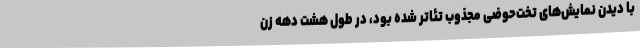
با دیدن نمایش‌های تخت‌حوضی مجذوب تئاتر شده بود، در طول هشت دهه زن